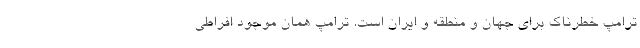
ترامپ خطرناک برای جهان و منطقه و ایران است. ترامپ همان موجود افراطی